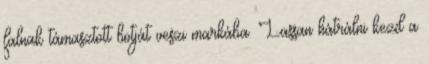
falnak támasztott botját veszi markába. Lassan hátrálni kezd a